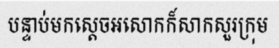
បន្ទាប់មកស្តេចអសោកក៏សាកសួរក្រុម